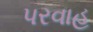
પરવાહ